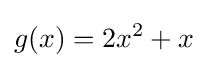
g(x)=2x^{2}+x